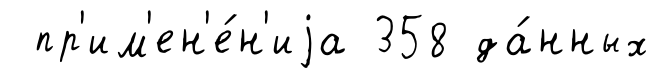
пр'им'ен'е́н'иjа 358 да́нных